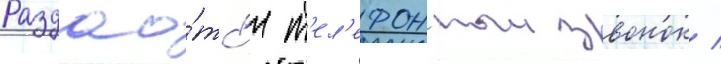
Раздао́тс'я т'ел'ефонныи звонок /